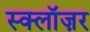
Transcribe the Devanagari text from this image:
स्क्लॉज़र